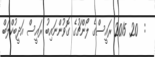
:  20